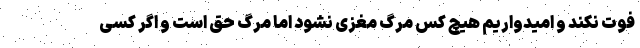
فوت نکند و امیدواریم هیچ کس مرگ مغزی نشود اما مرگ حق است و اگر کسی